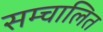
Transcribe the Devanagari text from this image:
सम्चालित